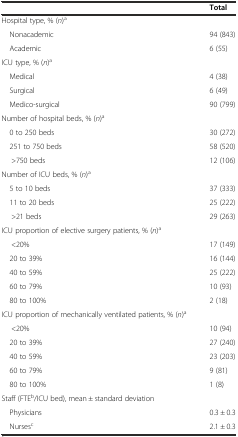
<table><thead><tr><td></td><td><b>Total</b></td></tr></thead><tbody><tr><td>Hospital type, % (<i>n</i>)<sup>a</sup></td><td></td></tr><tr><td> Nonacademic</td><td>94 (843)</td></tr><tr><td> Academic</td><td>6 (55)</td></tr><tr><td>ICU type, % (<i>n</i>)<sup>a</sup></td><td></td></tr><tr><td> Medical</td><td>4 (38)</td></tr><tr><td> Surgical</td><td>6 (49)</td></tr><tr><td> Medico-surgical</td><td>90 (799)</td></tr><tr><td>Number of hospital beds, % (<i>n</i>)<sup>a</sup></td><td></td></tr><tr><td> 0 to 250 beds</td><td>30 (272)</td></tr><tr><td> 251 to 750 beds</td><td>58 (520)</td></tr><tr><td>&gt;750 beds</td><td>12 (106)</td></tr><tr><td>Number of ICU beds, % (<i>n</i>)<sup>a</sup></td><td></td></tr><tr><td> 5 to 10 beds</td><td>37 (333)</td></tr><tr><td> 11 to 20 beds</td><td>25 (222)</td></tr><tr><td>&gt;21 beds</td><td>29 (263)</td></tr><tr><td>ICU proportion of elective surgery patients, % (<i>n</i>)<sup>a</sup></td><td></td></tr><tr><td>&lt;20%</td><td>17 (149)</td></tr><tr><td> 20 to 39%</td><td>16 (144)</td></tr><tr><td> 40 to 59%</td><td>25 (222)</td></tr><tr><td> 60 to 79%</td><td>10 (93)</td></tr><tr><td> 80 to 100%</td><td>2 (18)</td></tr><tr><td>ICU proportion of mechanically ventilated patients, % (<i>n</i>)<sup>a</sup></td><td></td></tr><tr><td>&lt;20%</td><td>10 (94)</td></tr><tr><td> 20 to 39%</td><td>27 (240)</td></tr><tr><td> 40 to 59%</td><td>23 (203)</td></tr><tr><td> 60 to 79%</td><td>9 (81)</td></tr><tr><td> 80 to 100%</td><td>1 (8)</td></tr><tr><td>Staff (FTE<sup>b</sup>/ICU bed), mean ± standard deviation</td><td></td></tr><tr><td> Physicians</td><td>0.3 ± 0.3</td></tr><tr><td> Nurses<sup>c</sup></td><td>2.1 ± 0.3</td></tr></tbody></table>